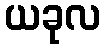
ယခုလ